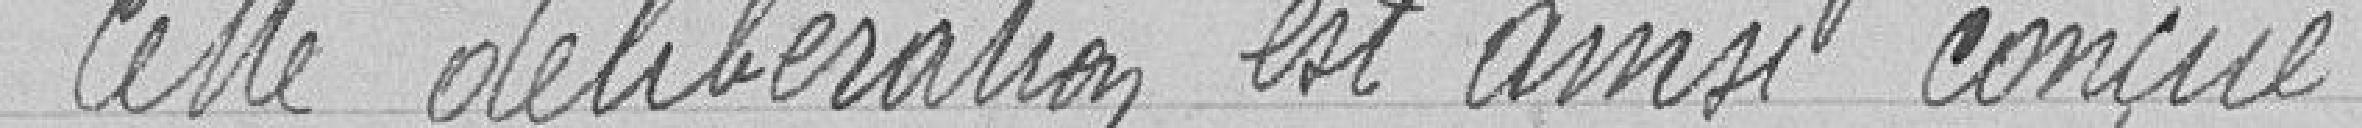
Cette délibération est ainsi conçue :